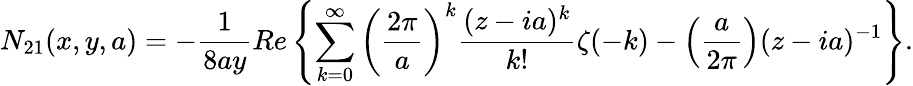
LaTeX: N_{21}(x,y,a)=-\frac{1}{8ay}Re\left\{ \sum_{k=0}^{\infty}\left(\frac{2\pi}{a}\right)^{k}\frac{(z-ia)^{k}}{k!}\zeta(-k)-\left(\frac{a}{2\pi}\right)(z-ia)^{-1}\right\} .